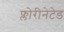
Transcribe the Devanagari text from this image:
फ्लोरीनेटेड